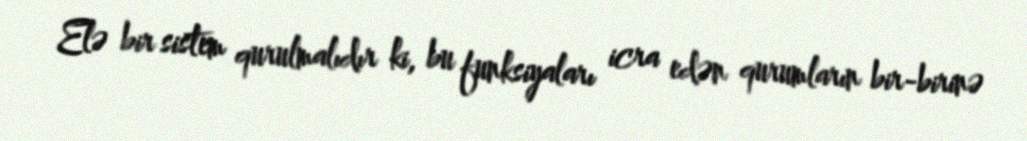
Elə bir sistem qurulmalıdır ki, bu funksiyaları icra edən qurumların bir-birinə